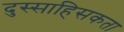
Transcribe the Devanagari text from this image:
दुस्साहिसकता